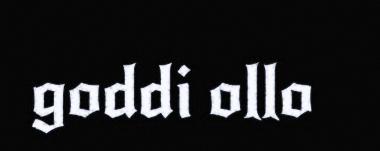
goddi ollo